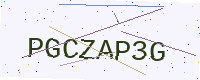
Text: PGCZAP3G